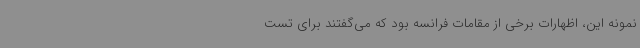
نمونه‌ این، اظهارات برخی از مقامات فرانسه بود که می‌گفتند برای تست